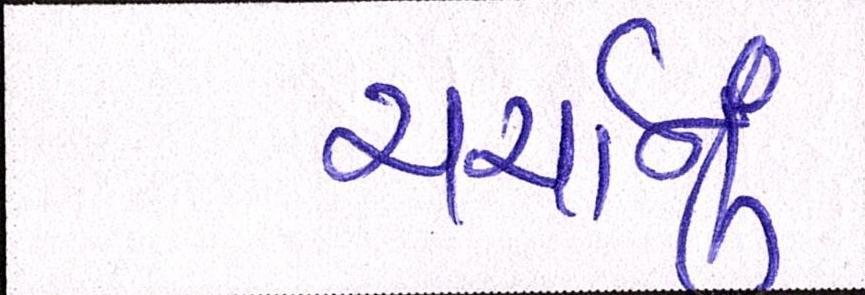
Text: ચર્ચાનું